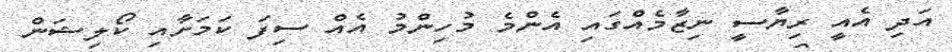
އަދި އެއީ ރިޔާސީ ނިޒާމެއްގައި އެންމެެ މުހިންމު އެއް ސިފަ ކަމަށާއި ކޯލިޝަން